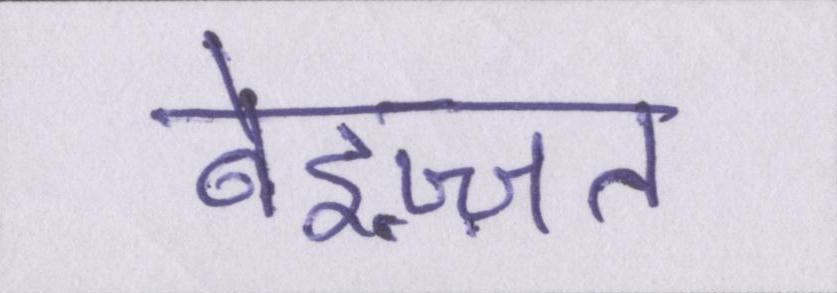
बेइज़्ज़त